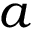
a